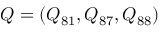
\boldsymbol { Q } = ( Q _ { 8 1 } , Q _ { 8 7 } , Q _ { 8 8 } )